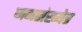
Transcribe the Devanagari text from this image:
जनसंख्येत